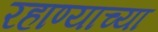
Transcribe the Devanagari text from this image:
रहाण्याच्या